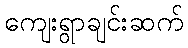
ကျေးရွာချင်းဆက်